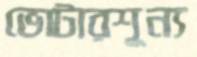
ভোটারশূন্য